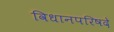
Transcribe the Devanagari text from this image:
विधानपरिषदे